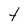
Character: t